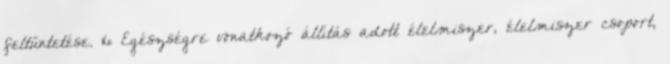
feltűntetése. 16 Egészségre vonatkozó állítás adott élelmiszer, élelmiszer csoport,